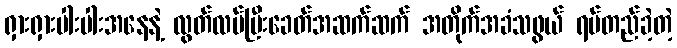
ရှားရှားပါးပါးအနေနဲ့ လွတ်လပ်ပြီးခေတ်အဆက်ဆက် အတိုက်အခံသဖွယ် ရပ်တည်ခဲ့တဲ့